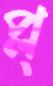
প্ল্